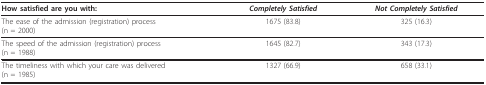
<table><thead><tr><td><b>How satisfied are you with:</b></td><td><b><i>Completely Satisfied</i></b></td><td><b><i>Not Completely Satisfied</i></b></td></tr></thead><tbody><tr><td>The ease of the admission (registration) process(n = 2000)</td><td>1675 (83.8)</td><td>325 (16.3)</td></tr><tr><td>The speed of the admission (registration) process(n = 1988)</td><td>1645 (82.7)</td><td>343 (17.3)</td></tr><tr><td>The timeliness with which your care was delivered(n = 1985)</td><td>1327 (66.9)</td><td>658 (33.1)</td></tr></tbody></table>